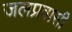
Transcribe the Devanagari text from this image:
जलप्रवासी